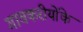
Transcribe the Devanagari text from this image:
गावकरीयोंके